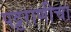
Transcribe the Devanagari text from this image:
पट्टराणीचा